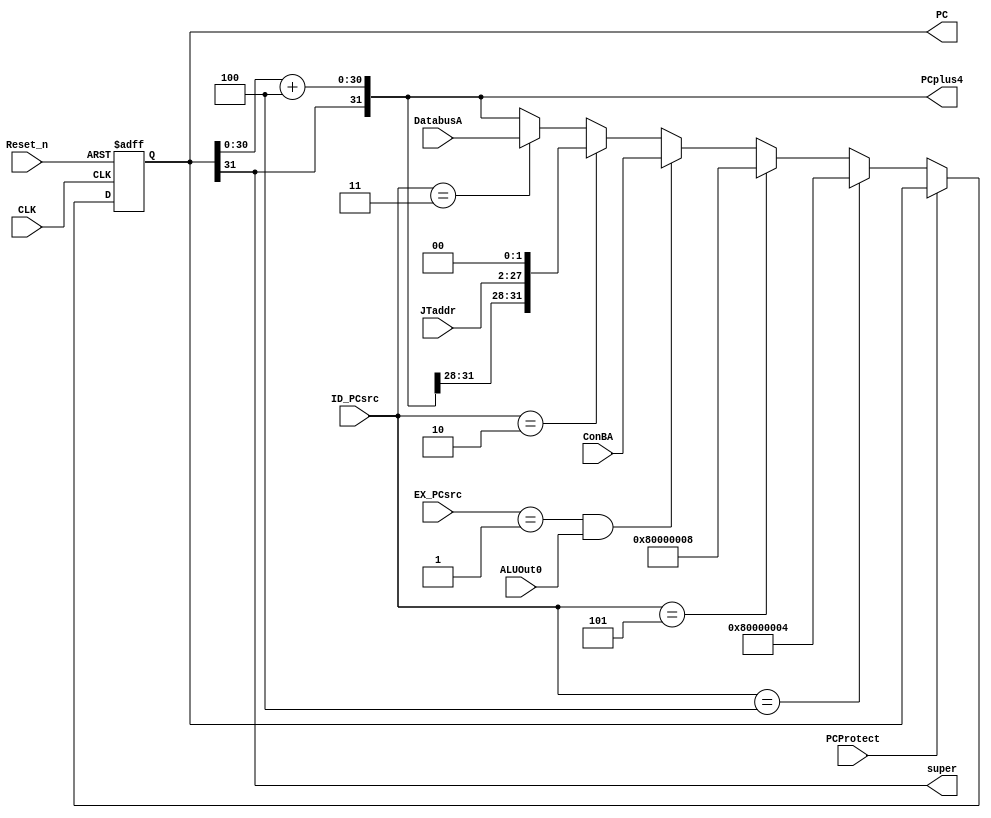
/*
 * PC Unit of single-cycle datapath
 */

module PCUnit(
			input Reset_n,
			input CLK,
			input [2:0] ID_PCsrc, EX_PCsrc,
			input PCProtect, //stall the pipeline
			input ALUOut0,
			input [31:0] ConBA,
			input [25:0] JTaddr,
			input [31:0] DatabusA,
			output [31:0] PCplus4,
			output reg [31:0] PC,
			output super);

	wire [31:0] tmpPCplus4;

	assign super = PC[31];
	assign tmpPCplus4 = PC + 4;
	assign PCplus4 = {PC[31], tmpPCplus4[30:0]};

	always @(posedge CLK or negedge Reset_n)
		begin
		if (!Reset_n)
			begin
			PC <= 32'h80000000;
			end
		else
			begin
			if (!PCProtect)
				begin
				if (ID_PCsrc == 4)
					PC <= 32'h80000004;
				else if (ID_PCsrc == 5)
					PC <= 32'h80000008;
				else if (EX_PCsrc == 1 && ALUOut0 == 1)
					PC <= ConBA;
				else if (ID_PCsrc == 2)
					PC <= {PCplus4[31:28], JTaddr, 2'b0};
				else if (ID_PCsrc == 3)
					PC <= DatabusA;
				else
					PC <= PCplus4;
				end
			else
				PC <= PC;
			end
		end
endmodule